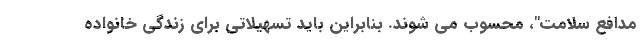
مدافع سلامت"، محسوب می شوند. بنابراین باید تسهیلاتی برای زندگی خانواده